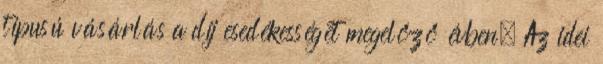
típusú vásárlás a díj esedékességét megelőző évben. Az idei